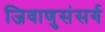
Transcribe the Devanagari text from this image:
जिवाणुसंसर्ग